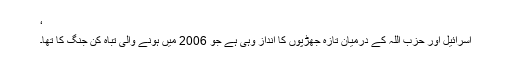
‘
اسرائیل اور حزب اللہ کے درمیان تازہ جھڑپوں کا انداز وہی ہے جو 2006 میں ہونے والی تباہ کن جنگ کا تھا۔